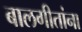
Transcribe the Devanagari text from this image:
बालगीतांना